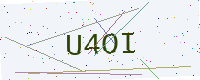
Text: U4OI